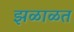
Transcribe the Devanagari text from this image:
झळाळत